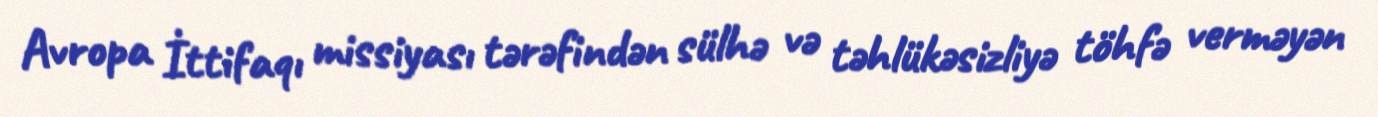
Avropa İttifaqı missiyası tərəfindən sülhə və təhlükəsizliyə töhfə verməyən